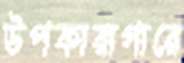
উপকারাগারে